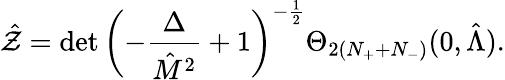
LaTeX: \hat{\cal Z}=\operatorname*{det}\left(-{\frac{\Delta}{\hat{M}^{2}}}+1\right)^{-{\frac{1}{2}}}\Theta_{2(N_{+}+N_{-})}(0,\hat{\Lambda}).